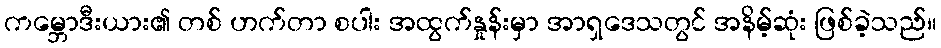
ကမ္ဘောဒီးယား၏ တစ် ဟက်တာ စပါး အထွက်နှုန်းမှာ အာရှဒေသတွင် အနိမ့်ဆုံး ဖြစ်ခဲ့သည်။